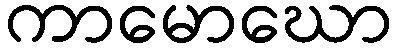
ကာမောဃော